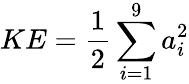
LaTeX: KE=\frac{1}{2}\sum_{i=1}^{9}a_{i}^{2}